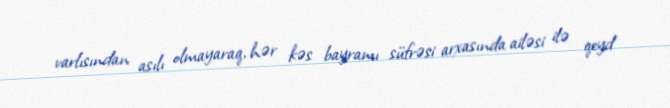
varlısından asılı olmayaraq, hər kəs bayramı süfrəsi arxasında ailəsi ilə qeyd